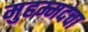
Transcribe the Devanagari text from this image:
मुहम्मदचा